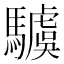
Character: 𩦢